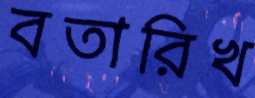
বতারিখ